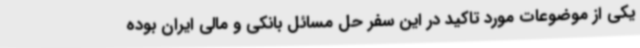
یکی از موضوعات مورد تاکید در این سفر حل مسائل بانکی و مالی ایران بوده